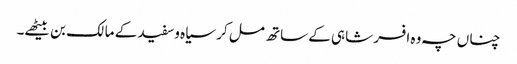
چناں چہ وہ افسر شاہی کے ساتھ مل کر سیاہ وسفید کے مالک بن بیٹھے۔